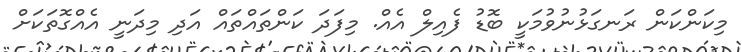
މިކަންކަން ރަނގަޅުނުވުމަކީ ބޮޑު ފެއިލް އެއް. މިފަދަ ކަންތައްތައް އަދި މިދަނީ އެއްގޮތަކަށް